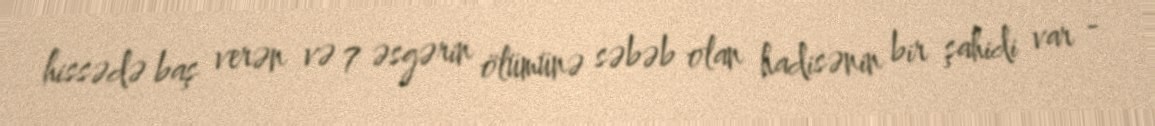
hissədə baş verən və 7 əsgərin ölümünə səbəb olan hadisənin bir şahidi var -